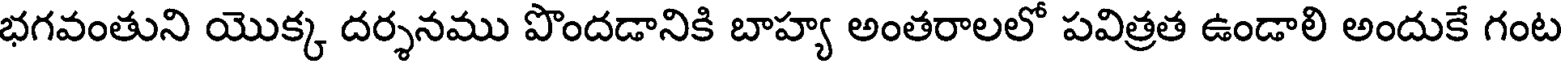
భగవంతుని యొక్క దర్శనము పొందడానికి బాహ్య అంతరాలలో పవిత్రత ఉండాలి అందుకే గంట